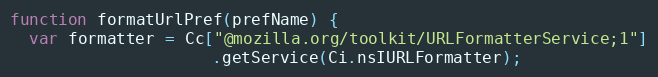
Language: JavaScript
function formatUrlPref(prefName) {
  var formatter = Cc["@mozilla.org/toolkit/URLFormatterService;1"]
                     .getService(Ci.nsIURLFormatter);